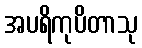
အပရိကုပိတာသု